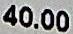
40.00